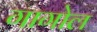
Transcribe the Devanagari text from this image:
गागोल